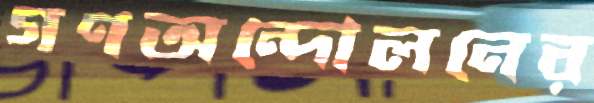
গণঅন্দোলনের